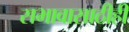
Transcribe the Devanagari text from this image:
सभावासाठीही